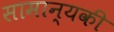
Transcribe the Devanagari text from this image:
सामान्यकी